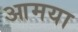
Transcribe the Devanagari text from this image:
आमया